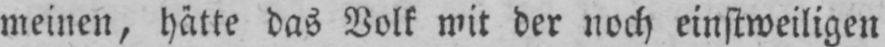
meinen, hätte das Volk mit der noch einstweiligen